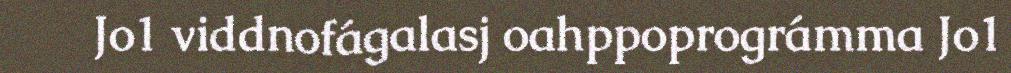
Jo1 viddnofágalasj oahppoprográmma Jo1